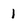
Character: 1